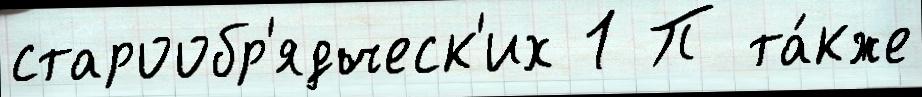
старообр'ядческ'их 1 П та́кже